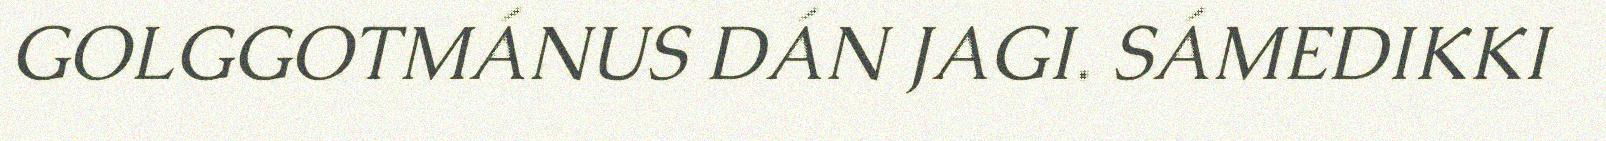
GOLGGOTMÁNUS DÁN JAGI. SÁMEDIKKI